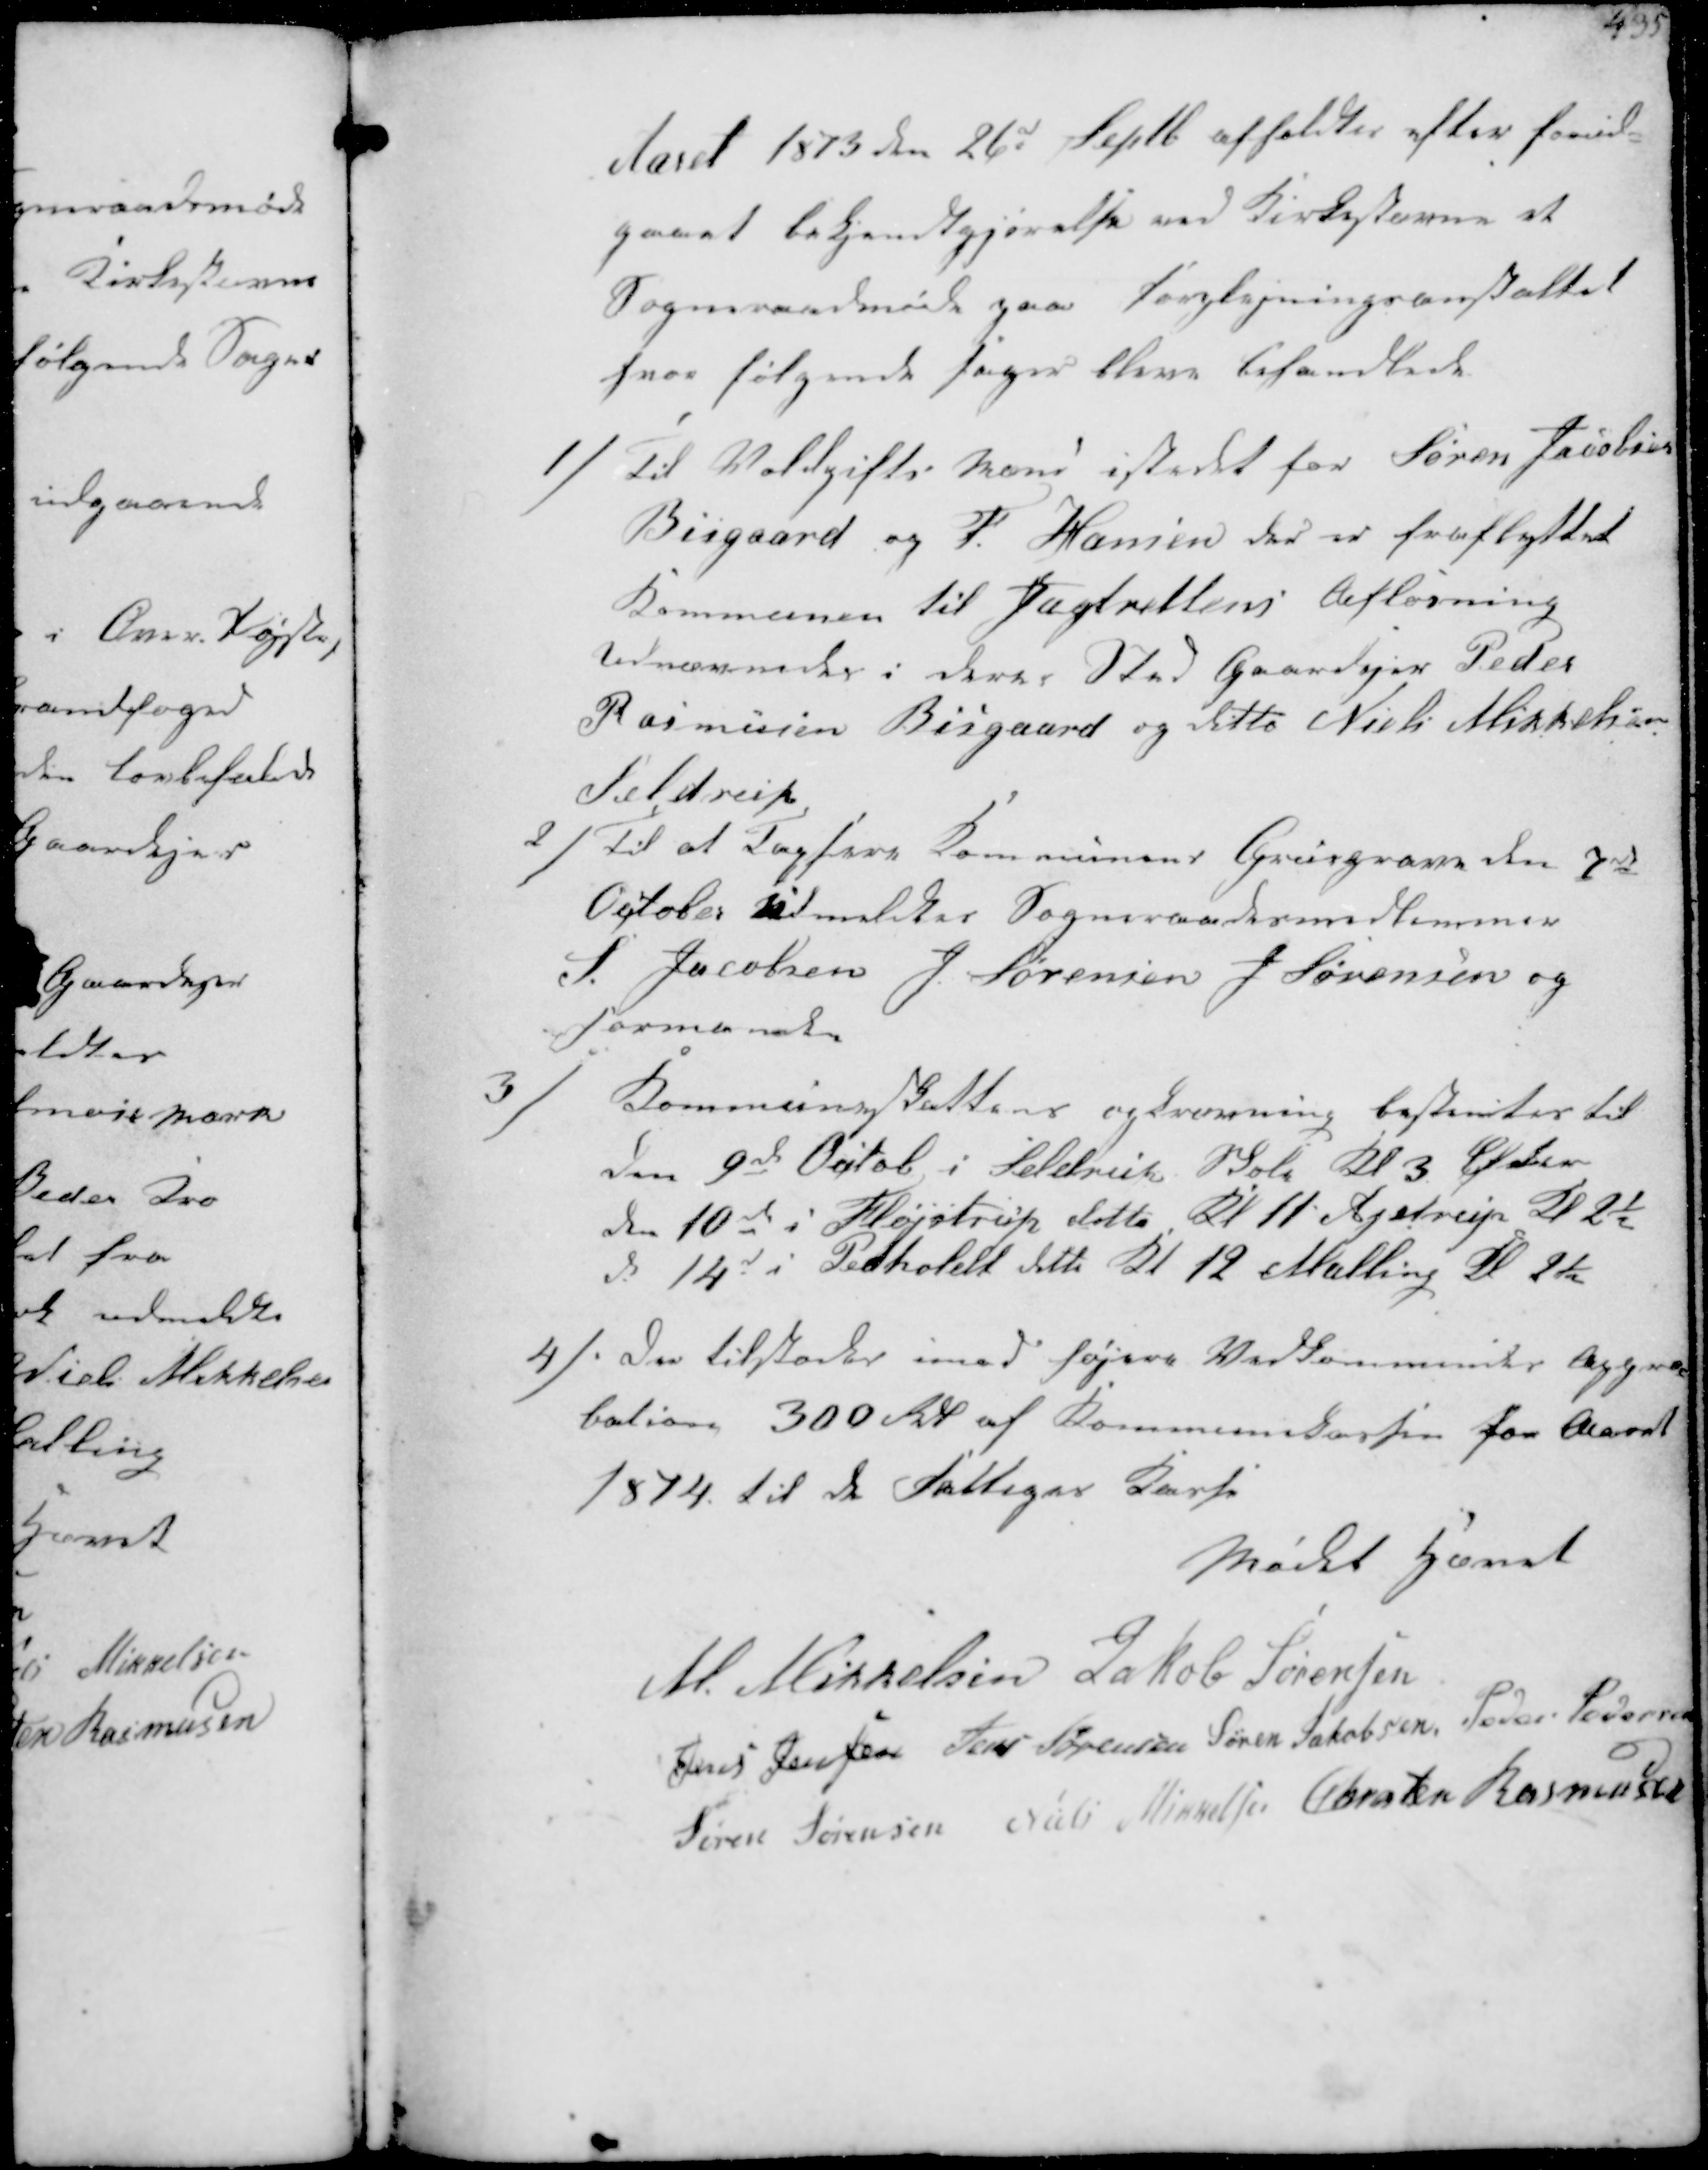
Transskription:
Aaret 1873 den 26d Septb afholdtes efter forud-
gaaet bekjendtgjørelse ved Kirkrstævne et
Sogneraadmøde paa Forplejningsanstaltet
hvor følgende SSager blev behandlede

1/
Til Voldgifts Mand istedet for Søren Jacobsen
Bisgaard og P. Hansen der er fraflyttet
kommunen til Jagtrettens Afløsning
udnævnedes i deres Sted Gaardejer Peder
Rasmussen Bisgaard og ditto Niels Mikkelsen
Seldrup

2/
til at Tagsere kommunens Grusgrave den 7d
October udmeldtes Sogneraadsmedlemmerne
 S Jacobsen J Sørensen J Sørensen og
Formanden

3/
Kommuneskatten opkrævning bestemtes til
den 9de Octob i Seldrup Skole Kl 3 Eftm
den 10de i Fløjstrup ditto Kl 11 Ajstrup Kl 2½
den 14de i Pedholdt ditto Kl 12 Malling Kl 2½

4/
Der tilstodes imod højere Vedkommende   
 300 Kr af Kommunekassen for Aaret
1874 til de Fattiges Kasse

Mødt hævet
M. Mikkelsen Jakob Sørensen
Jens Jensen Jens Sørensen Søren Jakobsen Peder Pedersen
Søren Sørensen Niels Mikkelsen Chresten Rasmussen